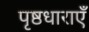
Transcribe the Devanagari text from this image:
पृष्ठधाराएँ